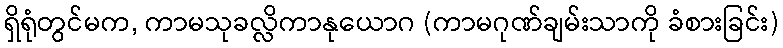
ရှိရုံတွင်မက, ကာမသုခလ္လိကာနုယောဂ (ကာမဂုဏ်ချမ်းသာကို ခံစားခြင်း)